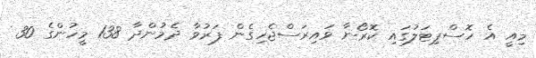
މިއީ އެ ހޮސްޕިޓަލުގައި ކޮރޯނާ ވައިރަސްޖެހިގެން ފަރުވާ ދެމުންދާ 138 މީހުންގެ 30